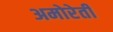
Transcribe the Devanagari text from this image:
अमोरेती